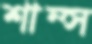
শাম্স